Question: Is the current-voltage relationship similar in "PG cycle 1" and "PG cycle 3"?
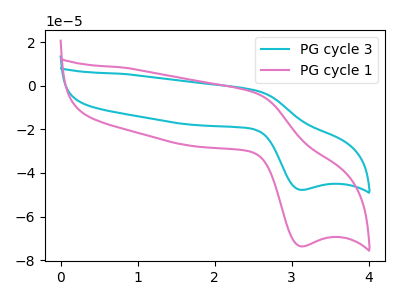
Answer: <think>The cyan curve "PG cycle 3" has an anodic peak at (2.55V, -2.10uA) and a cathodic peak at (3.10V, -47.75uA). The pink curve "PG cycle 1" has an anodic peak at (2.55V, -3.30uA) and a cathodic peak at (3.10V, -73.65uA).
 All the peaks in "PG cycle 1" have a peak in "PG cycle 3" at the same potential.</think>
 <answer>"PG cycle 1" and "PG cycle 3" are similar in shape.</answer>
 <eval>same_shape</eval>